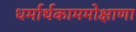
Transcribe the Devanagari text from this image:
धर्मार्थकाममोक्षाणा